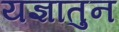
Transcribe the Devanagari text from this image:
यज्ञातुन